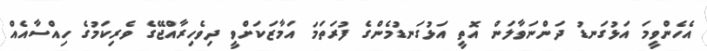
އެހެންވީމަ އަޅުގަނޑު ދަންނަވާލަން އޮތީ އަޅުގަނޑުމެންގެ ފުރަތަމަ އަމާޒަކަށްވީ ދިވެހިރާއްޖޭގެ ވެރިކަމުގެ ހިއްސާއެއް